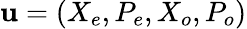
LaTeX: \mathbf{u}=(X_{e},P_{e},X_{o},P_{o})